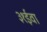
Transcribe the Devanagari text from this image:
३१ईवा